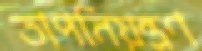
তাপনিয়ন্ত্রণ